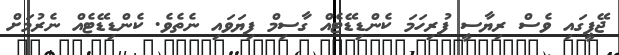
ޖޭޕީގައި ވެސް ރިޔާސީ ފުރިހަމަ ކެންޑިޑޭޓެއް ގާސިމް ފިޔަވައި ނެތެވެ. ކެންޑިޑޭޓެއް ނެރުމަށް